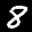
Label: 8